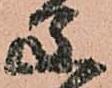
父